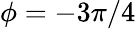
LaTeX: \phi=-3\pi/4